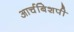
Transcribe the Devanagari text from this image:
आर्चबिशपी